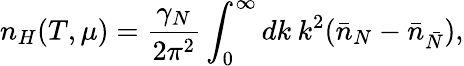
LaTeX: n_{H}(T,\mu)=\frac{\gamma_{N}}{2\pi^{2}}\int_{0}^{\infty}dk\: k^{2}(\bar{n}_{N}-\bar{n}_{\bar{N}}),